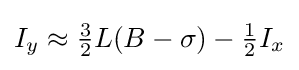
I_{y}\approx {\tfrac {3}{2}}L(B-\sigma )-{\tfrac {1}{2}}I_{x}